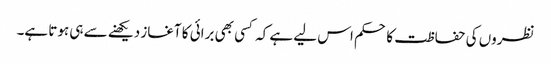
نظروں کی حفاظت کا حکم اس لیے ہے کہ کسی بھی برائی کا آغاز دیکھنے سے ہی ہوتا ہے۔